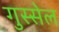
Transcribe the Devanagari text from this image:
गुस्सेल